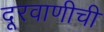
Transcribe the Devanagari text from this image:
दूरवाणीची